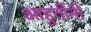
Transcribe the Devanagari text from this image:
आहुतींनी